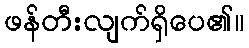
ဖန်တီးလျက်ရှိပေ၏။